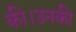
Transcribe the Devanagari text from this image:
की।उनकी